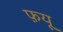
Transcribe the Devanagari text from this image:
फ़यू